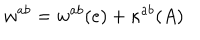
w ^ { a b } = w ^ { a b } ( e ) + \kappa ^ { a b } ( A )